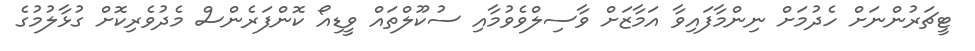
ޓީޗަރުންނަށް ހެދުމަށް ނިންމާފައިވާ އަމާޒަށް ވާސިލްވެވުމާއި ސުކޫލްތައް ވީޑިއޯ ކޮންފަރެންސް މެދުވެރިކޮށް ގުޅާލުމުގެ